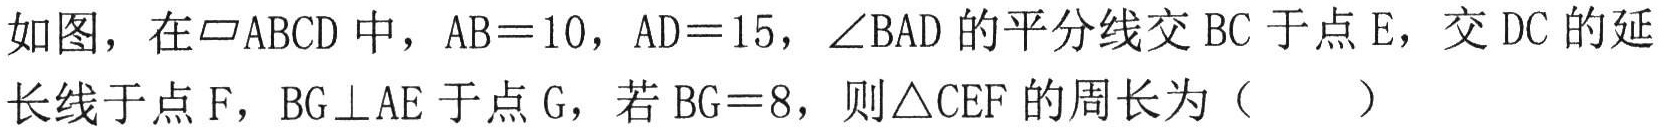
如图，在$\parallelogram ABCD$中，$AB = 10$，$AD = 15$，$\angle BAD$的平分线交$BC$于点$E$，交$DC$的延长线于点$F$，$BG\perp AE$于点$G$，若$BG = 8$，则$\triangle CEF$的周长为（  ）